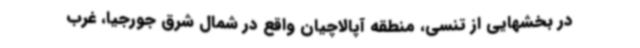
در بخشهایی از تنسی، منطقه آپالاچیان واقع در شمال شرق جورجیا، غرب